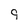
Character: 9